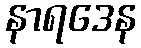
နာရဒေန